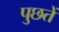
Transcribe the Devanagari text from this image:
पुछतें